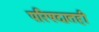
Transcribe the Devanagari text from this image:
परिषदातही